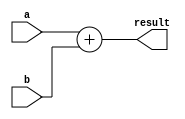
module add_32(a, b, result);
  input [31:0] a, b;
  output [31:0] result;

  assign result = a + b;
endmodule

module ALU (OUT, ZeroFlag, In1, In2, ALUOP,shift);
input [31:0] In1, In2;
input [3:0] ALUOP;
input [4:0] shift;
output [31:0] OUT ;
reg [31:0] OUT=0;
output ZeroFlag;
reg ZeroFlag=0;
always @ (In1 or In2 or ALUOP)
begin
case (ALUOP)
4'b0010 : OUT = In1 + In2;
4'b0110 : OUT = In1 - In2;
4'b0000 : OUT = In1 & In2;
4'b0001 : OUT = In1 | In2;
4'b0100 : OUT = In2 << shift;
4'b0101 : OUT = In2 >> shift;
4'b0111 : OUT = In1 < In2;
4'b1000 : if(In1==In2) ZeroFlag=1; else ZeroFlag=0;
4'b1001 : if(In1!=In2) ZeroFlag=1; else ZeroFlag=0;
endcase
end

endmodule

module alu_control(func, ALUOP, aluctl);

input [5:0] func;
input [2:0] ALUOP;

output [3:0] aluctl;
reg [3:0] aluctl=0;

    parameter F_add = 6'd32;
    parameter F_sub = 6'd34;
    parameter F_and = 6'd36;
    parameter F_or  = 6'd37;
   parameter F_sll = 6'd0;
   parameter F_srl = 6'd2;
    parameter F_slt = 6'd42;

    parameter ALU_add = 4'b0010;
    parameter ALU_sub = 4'b0110;
    parameter ALU_and = 4'b0000;
    parameter ALU_or  = 4'b0001;
   parameter ALU_sll = 4'b0100;
   parameter ALU_srl = 4'b0101;
    parameter ALU_slt = 4'b0111;
   parameter ALU_beq = 4'b1000;
   parameter ALU_bne = 4'b1001;

    always @(ALUOP or func)
    begin
        case (ALUOP) 
            3'b000 : aluctl = ALU_add;
            3'b001 : aluctl = ALU_beq;
        3'b111 : aluctl = ALU_bne;
        3'b011 : aluctl = ALU_and;
        3'b100 : aluctl = ALU_or;
            3'b010 : case (func) 
                        F_add : aluctl = ALU_add;
                        F_sub : aluctl = ALU_sub;
                        F_and : aluctl = ALU_and;
                        F_or  : aluctl = ALU_or;
                        F_sll : aluctl = ALU_sll;
                        F_srl : aluctl = ALU_srl;
                        F_slt : aluctl = ALU_slt;
                    endcase
        endcase
    end
   
   

endmodule
module Control(opcode, RegWrite, MemToReg, MemRead, MemWrite, Branch, ALUSrc, RegDest, ALUOp);

input [5:0] opcode;
output RegWrite, MemToReg, MemRead, MemWrite, Branch, ALUSrc, RegDest;
output [2:0] ALUOp;
reg RegWrite, MemToReg, MemRead, MemWrite, Branch, ALUSrc, RegDest=0;
reg [2:0] ALUOp=0;

   parameter R = 6'd0;
    parameter LW = 6'd35;
    parameter SW = 6'd43;
    parameter BEQ  = 6'd4;
   parameter BNE  = 6'd5;
   parameter ORI  = 6'hD;
   parameter ANDI = 6'hC;
   parameter ADDI = 6'h8;


always@(opcode)
begin
case(opcode)

R:
begin 
RegDest=1'b1;
ALUSrc=1'b0;
MemToReg=1'b0;
RegWrite=1'b1;
MemRead=1'b0;
MemWrite=1'b0;
Branch=1'b0;
ALUOp = 3'b010; 
end

LW:
begin 
RegDest=1'b0;
ALUSrc=1'b1;
MemToReg=1'b1;
RegWrite=1'b1;
MemRead=1'b1;
MemWrite=1'b0;
Branch=1'b0;
ALUOp = 3'b000; 
end

SW:
begin 
RegDest=1'bx;
ALUSrc=1'b1;
MemToReg=1'bx;
RegWrite=1'b0;
MemRead=1'b0;
MemWrite=1'b1;
Branch=1'b0;
ALUOp = 3'b000; 
end

BEQ:
begin 
RegDest=1'bx;
ALUSrc=1'b0;
MemToReg=1'bx;
RegWrite=1'b0;
MemRead=1'b0;
MemWrite=1'b0;
Branch=1'b1;
ALUOp = 3'b001; 
end

BNE:
begin 
RegDest=1'bx;
ALUSrc=1'b0;
MemToReg=1'bx;
RegWrite=1'b0;
MemRead=1'b0;
MemWrite=1'b0;
Branch=1'b1;
ALUOp = 3'b111; 
end

ADDI:
begin 
RegDest=1'b0;
ALUSrc=1'b1;
MemToReg=1'b0;
RegWrite=1'b1;
MemRead=1'b0;
MemWrite=1'b0;
Branch=1'b0;
ALUOp = 3'b000; 
end

ORI:
begin 
RegDest=1'b0;
ALUSrc=1'b1;
MemToReg=1'b0;
RegWrite=1'b1;
MemRead=1'b0;
MemWrite=1'b0;
Branch=1'b0;
ALUOp = 3'b100; 
end

ANDI:
begin 
RegDest=1'b0;
ALUSrc=1'b1;
MemToReg=1'b0;
RegWrite=1'b1;
MemRead=1'b0;
MemWrite=1'b0;
Branch=1'b0;
ALUOp = 3'b011; 
end

endcase
end

endmodule

module DataMemory (clk, address, MemWrite, MemRead, writedata, readdata);

input clk, MemWrite, MemRead;
input [31:0] address, writedata;

output [31:0] readdata;


parameter RAM_SIZE = 256;
reg [31:0] RAMDATA [RAM_SIZE-1:0];

assign readdata=(MemRead && (address < RAM_SIZE))? RAMDATA[address] : 32'b0;

always@(posedge clk) begin
  if(MemWrite && (address < RAM_SIZE)) RAMDATA[address]<=writedata;
end
endmodule
module EX_MEM_reg(clk, branch_address, alu_result_address, write_to_memory, rd, zeroflag, RegWrite, MemToReg, MemRead, MemWrite, Branch, out1, out2, out3, out4, out5, out6, out7,out8, out9, out10);

input clk,  RegWrite, MemToReg, MemRead, MemWrite, Branch;
input [31:0] branch_address, alu_result_address, write_to_memory;
input [4:0] rd;
input  zeroflag;
output [31:0] out1, out2, out3;
reg [31:0] out1, out2, out3=0;
output [4:0] out4;
reg [4:0] out4=0;
output out5, out6, out7,out8, out9, out10;
reg out5, out6, out7,out8, out9, out10=0;



always@(posedge clk)
begin
out1<=branch_address;
out2<=alu_result_address;
out3<=write_to_memory;
out4<=rd;
out5<=zeroflag;
out6<=RegWrite;
out7<=MemToReg;
out8<=MemRead;
out9<=MemWrite;
out10<=Branch;
end
endmodule


module ID_EX_reg(clk, pc_4, reg1, reg2, sign_extend, rt, rd, RegWrite, MemToReg, MemRead, MemWrite, Branch, ALUSrc, RegDest, ALUOp, out1, out2, out3, out4, out5, out6, out7, out8, out9, out10, out11, out12, out13, out14);

input clk, RegWrite, MemToReg, MemRead, MemWrite, Branch, ALUSrc, RegDest;
input [31:0] pc_4, reg1, reg2, sign_extend;
input [4:0] rt, rd;
input [2:0] ALUOp;

output [31:0] out1, out2, out3, out4;
reg [31:0] out1, out2, out3, out4=0;
output [4:0] out5, out6;
reg [4:0] out5, out6=0;
output out7, out8, out9, out10, out11, out12, out13;
reg out7, out8, out9, out10, out11, out12, out13=0;
output [2:0] out14;
reg [2:0] out14=0;


always@(posedge clk )
begin
out1<=pc_4;
out2<=reg1;
out3<=reg2;
out4<=sign_extend;
out5<=rt;
out6<=rd;
out7<=RegWrite;
out8<=MemToReg;
out9<=MemRead;
out10<=MemWrite;
out11<=Branch;
out12<=ALUSrc;
out13<=RegDest;
out14<=ALUOp;
end


endmodule





module IF_ID_reg(clk,instruction, pc_4, out1, out2);

input clk;
input [31:0] instruction, pc_4;
output [31:0] out1, out2;
reg [31:0] out1, out2=0;

always@(posedge clk)
begin
out1<=instruction;
out2<=pc_4;
end
endmodule

module MEM_WB_reg(clk, alu_result, memoryread, rd, RegWrite, MemToReg, out1, out2, out3,out4,out5);

input clk, RegWrite, MemToReg;
input [31:0] alu_result, memoryread;
input [4:0] rd;
output [31:0] out1, out2;
reg [31:0] out1, out2=0;
output [4:0] out3;
reg [4:0] out3=0;
output out4, out5;
reg out4, out5=0;




always@(posedge clk)
begin
out1<=alu_result;
out2<=memoryread;
out3<=rd;
out4<=RegWrite;
out5<=MemToReg;
end
endmodule


module mux_2x1_5(i1, i2, select, out);

input [4:0] i1, i2;
input select;
output [4:0] out;
reg [4:0] out=0;

always@(i1 or i2 or select)
begin
if(select== 0)
begin
out <= i1;
end
else
begin
out <= i2;
end
end

endmodule

module mux_2x1_32(i1, i2, select, out);

input [31:0] i1, i2;
input select;
output [31:0] out;
reg [31:0] out=0;

always@(i1 or i2 or select)
begin
if(select== 0)
begin
out <= i1;
end
else
begin
out <= i2;
end
end

endmodule






module pc_4 (pc, pc_4);

input [31:0] pc;
output [31:0] pc_4;
reg [31:0] pc_4=0;

always@(pc)
begin
pc_4 <= pc + 32'd4;
end

endmodule


module reg32(clk, in, out);

input [31:0] in;
input clk;

output [31:0] out;
reg [31:0] out=0;

always@(posedge clk )

begin
out<=in;

end

endmodule

module register_file(clk, read_reg_1, read_reg_2, write_reg, write_data, regWrite, read_data_1, read_data_2);
input clk;
input [4:0] read_reg_1, read_reg_2, write_reg;
input [31:0] write_data;
input regWrite;
output [31:0] read_data_1, read_data_2;
reg [31:0] read_data_1, read_data_2=0;
reg [31:0] registers[31:0];
integer i;

  initial
  begin 
      for(i = 0; i < 32; i = i+1)
    begin
          registers[i] = 0;
    end
  end
  
always@(posedge clk)
  begin
$display("       $v0,       $v1,       $t0,       $t1,       $t2,       $t3,       $t4,       $t5,       $t6,       $t7");
$monitor("%d,%d,%d,%d,%d,%d,%d,%d,%d,%d",
          registers[2][31:0], /* $v0 */
          registers[3][31:0], /* $v1 */
          registers[8][31:0], /* $t0 */
          registers[9][31:0], /* $t1 */
          registers[10][31:0],  /* $t2 */
          registers[11][31:0],  /* $t3 */
          registers[12][31:0],  /* $t4 */
          registers[13][31:0],  /* $t5 */
          registers[14][31:0],  /* $t6 */
          registers[15][31:0],  /* $t7 */
        );
end

always @ (read_reg_1 or read_reg_2)
begin
read_data_1 <= (read_reg_1==0)? 32'b0 : registers[read_reg_1];
read_data_2 <= (read_reg_2==0)? 32'b0 : registers[read_reg_2];
end
always @(posedge clk)
begin
if(regWrite)
begin
if(write_reg!=0)
begin
registers[write_reg] <= write_data;
end
end
end
endmodule

module shift_left_2(inData,outData);
  
  input [31:0]inData;
  output [31:0]outData;
  reg [31:0]outData=0;
  
  always@(inData)
    begin
      
      outData=inData<<2;
  
    end
    
endmodule   
module sign_extender_16to32(inputData, outputData);
  
  input[15:0] inputData;
  output[31:0] outputData;
  reg [31:0] outputData=0;
  
  always@(inputData)
    begin
      
      outputData[15:0]  = inputData[15:0];
      outputData[31:16] = {16{inputData[15]}};
      
    end
endmodule
module StageFive (clk, alu_result, memout, writeregister, RegWrite, MemToReg,muxout,Regwriteout,writeregister_new);

input clk, RegWrite, MemToReg;
input [31:0] alu_result, memout;
input [4:0] writeregister;

output [31:0] muxout;

output Regwriteout;

output [4:0] writeregister_new;

mux_2x1_32 a(alu_result,memout,MemToReg,muxout);

assign Regwriteout = RegWrite;

assign writeregister_new=writeregister;


endmodule
module StageFour (clk,pcSrc,RegWrite, MemToReg, MemRead, MemWrite, Branch,ZeroFlag,outpc,alu_result,data2,mux_out,outtostage1,out1, out2, out3,out4,out5);
input  RegWrite, MemToReg, MemRead, MemWrite, Branch,ZeroFlag,clk;

input [31:0] outpc,alu_result,data2;

input [4:0] mux_out;

output pcSrc;

output [31:0] outtostage1;

output [31:0] out1, out2;

output [4:0] out3;

output out4, out5;

wire [31:0] memout ;

assign outtostage1=outpc;

and (pcSrc,Branch,ZeroFlag);


DataMemory a(clk, alu_result, MemWrite, MemRead, data2, memout);

MEM_WB_reg b(clk, alu_result, memout, mux_out, RegWrite, MemToReg, out1, out2, out3, out4, out5);



endmodule
module StageOne(clk,add_result,pcSrc, out1,out2);
wire [31:0] address;
output [31:0] out1, out2;
input pcSrc, clk;

input [31:0] add_result;

wire [31:0] pc_out,instruction,pc_4;
wire [31:0] pc_init;

reg32 b(clk,pc_init,pc_out);

mux_2x1_32 a(pc_4,add_result,pcSrc,pc_init);

pc_4 c(pc_out,pc_4);

instruction_memory d(pc_out,instruction);

IF_ID_reg e(clk,instruction,pc_4,out1,out2);


endmodule
    
module StageThree (clk,RegWrite, MemToReg, MemRead, MemWrite, Branch, ALUSrc, RegDest,ALUOP,pc_4,data1,data2,sign_extend, rt, rd,out1, out2, out3, out4, out5, out6, out7,out8, out9, out10);
input clk;
input RegWrite, MemToReg, MemRead, MemWrite, Branch, ALUSrc, RegDest;
input [2:0] ALUOP;

input [31:0] pc_4,data1,data2,sign_extend;

input [4:0] rt,rd;

wire [31:0] sign_extend_shifted,outpc,alub,aluout;

wire ZeroFlag;

wire [3:0] aluctl;

wire [4:0] muxout;

output [31:0] out1, out2, out3;
output [4:0] out4;
output out5, out6, out7,out8, out9, out10;


shift_left_2 a(sign_extend,sign_extend_shifted);

add_32 b(pc_4,sign_extend_shifted,outpc);

mux_2x1_32 c(data2,sign_extend,ALUSrc, alub);

alu_control d(sign_extend[5:0], ALUOP, aluctl);

ALU e(aluout, ZeroFlag, data1, alub, aluctl,sign_extend[10:6]);

mux_2x1_5 f(rt,rd,RegDest,muxout);

EX_MEM_reg g(clk, outpc, aluout, data2, muxout, ZeroFlag, RegWrite, MemToReg, MemRead, MemWrite, Branch, out1, out2, out3, out4, out5, out6, out7,out8, out9, out10);



endmodule
module StageTwo(clk,WriteReg,WriteData,Writebit,instruction,pc, RegWrite, MemToReg, MemRead, MemWrite, Branch, ALUSrc, RegDest, ALUOp,outpc,data1,data2,signExt,inst15,inst20);
input [31:0] instruction,pc;
input clk;
output RegWrite, MemToReg, MemRead, MemWrite, Branch, ALUSrc, RegDest;
output [2:0] ALUOp;
output [31:0] outpc,data1,data2,signExt;
output [4:0] inst15;
output [4:0] inst20;
wire out1,out2,out3,out4,out5,out6,out7;
wire [2:0] out8;
input [4:0] WriteReg;
input [31:0] WriteData;
input Writebit;
wire [31:0] read_data_1;
wire [31:0] read_data_2;
wire [31:0] signext;

Control e(instruction[31:26], out1, out2, out3, out4, out5, out6, out7, out8);

register_file a(clk, instruction[25:21], instruction[20:16], WriteReg, WriteData, Writebit, read_data_1, read_data_2);
sign_extender_16to32 b(instruction[15:0], signext);
ID_EX_reg c(clk, pc, read_data_1, read_data_2, signext, instruction[20:16], instruction[15:11], out1, out2, out3, out4, out5, out6, out7, out8, outpc, data1, data2, signExt, inst15, inst20, RegWrite, MemToReg, MemRead, MemWrite, Branch, ALUSrc, RegDest, ALUOp );

endmodule


module instruction_memory (address, instruction);

input   [31:0] address;
output [31:0] instruction;
reg [31:0] instruction_memory [16:0];

 initial
 begin
  $readmemh("instructions.txt", instruction_memory);
 end

assign instruction = instruction_memory[address[9:2]];

endmodule





module main;

reg clk=0;

wire pcSrc;

wire [31:0] add_result,instruction,pc,outtostage1,finalmux,outpc,data1,data2,sign_extend;

wire  RegWrite,Regwriteout;
wire MemToReg, MemRead, MemWrite, Branch, ALUSrc, RegDest;

wire [4:0] writeregister_new,rt,rd;

wire [2:0] ALUOp;


wire [31:0] out1, out2, out3;
wire   [4:0] out4;
wire out5, out6, out7,out8, out9, out10;

wire [31:0] out11, out12;

wire [4:0] out13;

wire out14, out15;

integer i=1;


StageOne a(clk,outtostage1,pcSrc, instruction,pc);

StageTwo b(clk,writeregister_new ,finalmux, Regwriteout,instruction,pc, RegWrite, MemToReg, MemRead, MemWrite, Branch, ALUSrc, RegDest, ALUOp,outpc,data1,data2,sign_extend,rt,rd);

StageThree c(clk,RegWrite, MemToReg, MemRead, MemWrite, Branch, ALUSrc, RegDest,ALUOp,outpc,data1,data2,sign_extend, rt, rd,out1, out2, out3, out4, out5, out6, out7,out8, out9, out10);

StageFour d(clk,pcSrc,out6, out7,out8, out9, out10,out5,out1,out2,out3,out4,outtostage1,out11, out12, out13, out14, out15);

StageFive e(clk, out11, out12, out13, out14, out15,finalmux,Regwriteout,writeregister_new);

initial #420 $finish;
 initial
  begin
   repeat (42)
   #10 clk = ~clk;
  end

always@(clk)
    begin
    $display("-------------------------------------------------");
    $monitor(" Clock Cycle:%d \n Clk:%d \n pcSrc:%d \n IF_ID.instruction:%d \n IF_ID.incrementedPC:%d \n ID_EX.incrementedPC:%d \n ID_EX.readReg1:%d \n ID_EX.readReg2:%d \n ID_EX.signextend:%d \n ID_EX.rt:%d \n ID_EX.rd:%d \n ID_EX.RegWrite:%d \n ID_EX.MemtoReg:%d \n ID_EX.MemRead:%d \n ID_EX.MemWrite:%d \n ID_EX.Branch:%d \n ID_EX.ALUsrc:%d \n ID_EX.RegDest:%d \n ID_EX.ALUOP:%d \n EX_MEM.branchaddress:%d \n EX_MEM.zeroflag:%d \n EX_MEM.aluresult:%d \n EX_MEM.register_value_tomemory:%d \n EX_MEM.rd:%d \n EX_MEM.RegWrite:%d \n EX_MEM.MemtoReg:%d \n EX_MEM.MemRead:%d \n EX_MEM.MemWrite:%d \n EX_MEM.Branch:%d \n MEM_WB.aluresult:%d \n MEM_WB.memory_wordread:%d \n MEM_WB.rd:%d \n MEM_WB.RegWrite:%d \n MEM_WB.MemtoReg:%d \n",
        
        
        i,clk,pcSrc,instruction,pc,outpc,data1,data2,sign_extend,rt,rd,RegWrite,MemToReg,MemRead,MemWrite,Branch,ALUSrc,RegDest,ALUOp,
        out1,out5,out2,out3,out4,out6,out7,out8,out9,out10,
        out11,out12,out13,out14,out15);
        
      

    end  
    
    always@(posedge clk)
    begin
    i=i+1;  
    end
    
  
  

endmodule